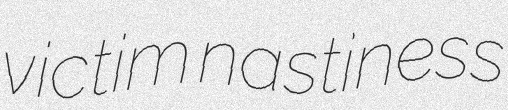
victim nastiness